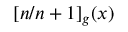
[ n / n + 1 ] _ { g } ( x )